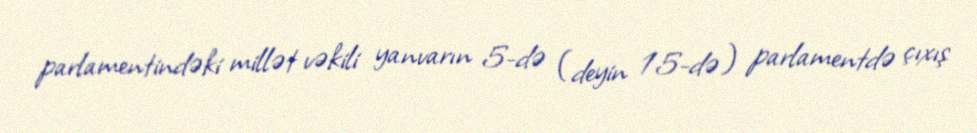
parlamentindəki millət vəkili yanvarın 5-də (deyin 15-də) parlamentdə çıxış